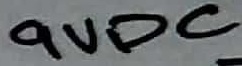
Text: 9VDC